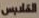
الملابس